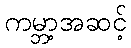
ကမ္ဘာ့အဆင့်